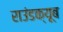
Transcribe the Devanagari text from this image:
राउंडक्यूब